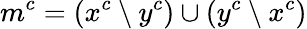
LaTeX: m^{c}=(x^{c}\setminus y^{c})\cup(y^{c}\setminus x^{c})